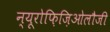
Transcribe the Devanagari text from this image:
न्यूरोफ़िज़िओलौजी